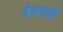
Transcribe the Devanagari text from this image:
जेबघड़ी